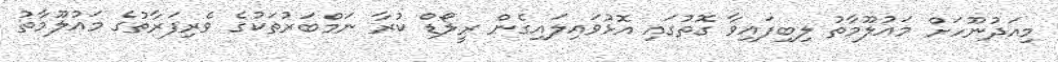
މިއަދުނޫހަށް މައުލޫމާތު ލިބިފައިވާ ގޮތުގައި އޮޅުވައިލައިގެން ރީލޯޑް ކުރާ ނަމްބަރުތަކުގެ ވެރިފަރާތުގެ މައުލޫމާތު